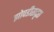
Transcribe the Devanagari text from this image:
झोपडीसदृश